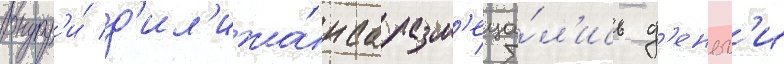
Внутр'и́ д'ил'ижа́нса разм'еща́л'ись д'еньг'и